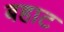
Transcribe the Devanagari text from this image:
बहाट